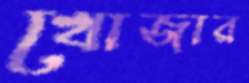
খোজার